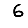
Digit: 6